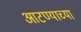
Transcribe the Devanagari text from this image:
आटण्याच्या